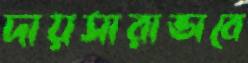
দায়সারাভাবে